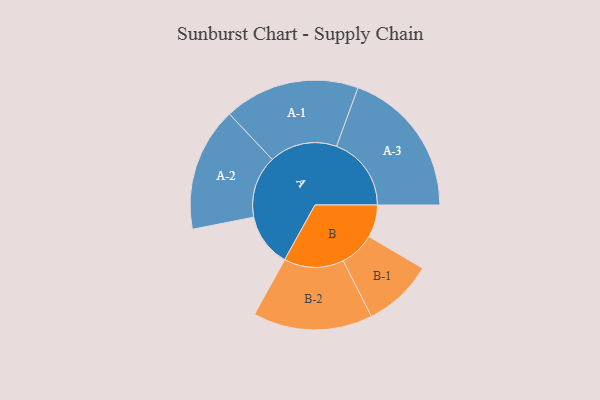
{"axis": {"x": "Segment", "y": "Value"}, "legend": ["", "A", "B"], "data": [{"x": "A", "y": 213, "type": ""}, {"x": "B", "y": 130, "type": ""}, {"x": "A-1", "y": 271, "type": "A"}, {"x": "A-2", "y": 248, "type": "A"}, {"x": "A-3", "y": 299, "type": "A"}, {"x": "B-1", "y": 140, "type": "B"}, {"x": "B-2", "y": 239, "type": "B"}]}